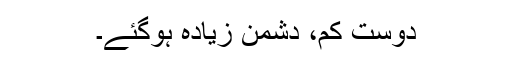
دوست کم، دشمن زیادہ ہوگئے۔